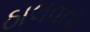
ઠાલવતા